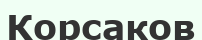
Корсаков